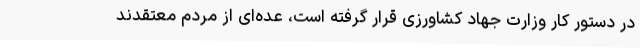
در دستور کار وزارت جهاد کشاورزی قرار گرفته است، عده‌ای از مردم معتقدند